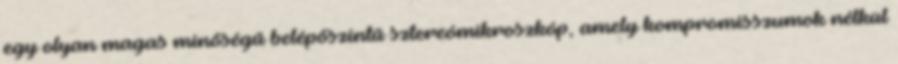
egy olyan magas minőségű belépőszintű sztereómikroszkóp, amely kompromisszumok nélkül